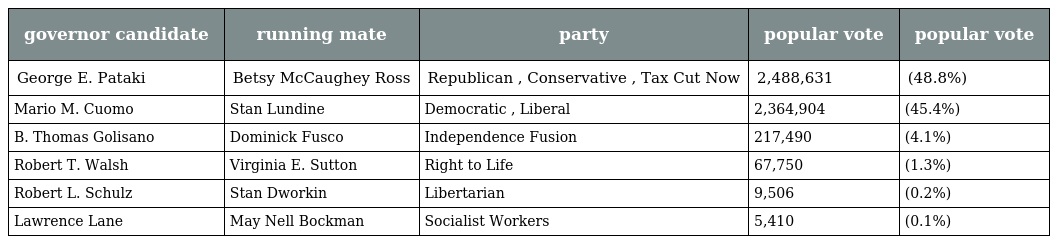
| governor candidate | running mate | party | popular vote | popular vote |
 | --- | --- | --- | --- | --- |
 | George E. Pataki | Betsy McCaughey Ross | Republican , Conservative , Tax Cut Now | 2,488,631 | (48.8%) |
 | Mario M. Cuomo | Stan Lundine | Democratic , Liberal | 2,364,904 | (45.4%) |
 | B. Thomas Golisano | Dominick Fusco | Independence Fusion | 217,490 | (4.1%) |
 | Robert T. Walsh | Virginia E. Sutton | Right to Life | 67,750 | (1.3%) |
 | Robert L. Schulz | Stan Dworkin | Libertarian | 9,506 | (0.2%) |
 | Lawrence Lane | May Nell Bockman | Socialist Workers | 5,410 | (0.1%) |